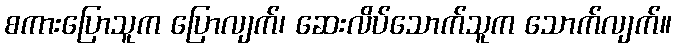
စကားပြောသူက ပြောလျက်၊ ဆေးလိပ်သောက်သူက သောက်လျက်။